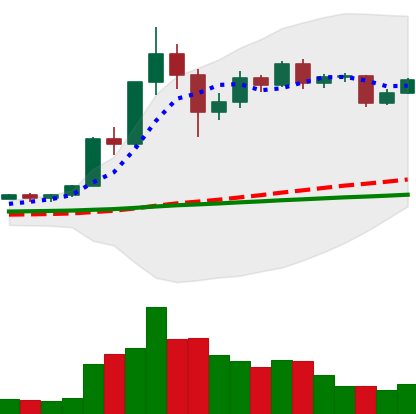
Ticker: XRP-USD
Chart end date: 2020-12-06
Forward return: -11.836%
Label: down_7plus